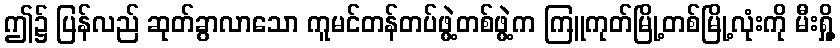
ဤ၌ ပြန်လည် ဆုတ်ခွာလာသော ကူမင်တန်တပ်ဖွဲ့တစ်ဖွဲ့က ကြူကုတ်မြို့တစ်မြို့လုံးကို မီးရှို့